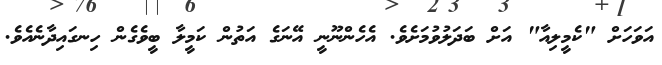
އަވަހަށް "ކެމީލިއާ" އަށް ބަދަލުވުމަށެވެ. އެހެންނޫނީ އޭނަގެ އަތުން ކަމީލާ ބީވެގެން ހިނގައިދާނެއެވެ.